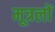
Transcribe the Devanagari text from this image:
मूत्रलों